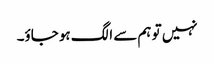
نہیں تو ہم سے الگ ہو جاؤ۔